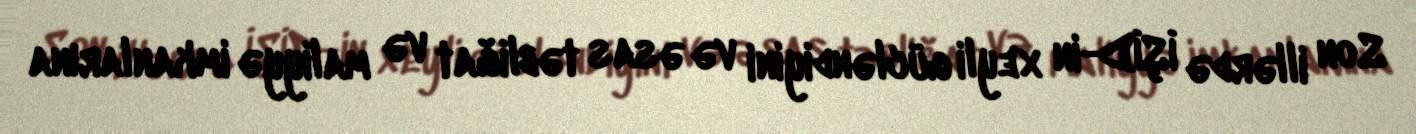
Son illərdə İŞİD-in xeyli gücləndiyini və əsas təbliğat və maliyyə imkanlarına